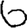
Digit: 6